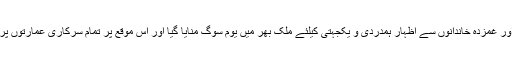
اتوار کو بلوچستان اور خیبرپختونخوا کے شہدا کو خراج عقیدت پیش کرنے اور غمزدہ خاندانوں سے اظہار ہمدردی و یکجہتی کیلئے ملک بھر میں یوم سوگ منایا گیا اور اس موقع پر تمام سرکاری عمارتوں پر قومی پرچم سرنگوں رکھا گیا جبکہ سڑکوں پر کالے جھنڈے لگائے گئے ۔